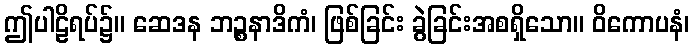
ဤပါဠိရပ်၌။ ဆေဒန ဘဉ္စနာဒိကံ၊ ဖြစ်ခြင်း ခွဲခြင်းအစရှိသော။ ဝိကောပနံ၊